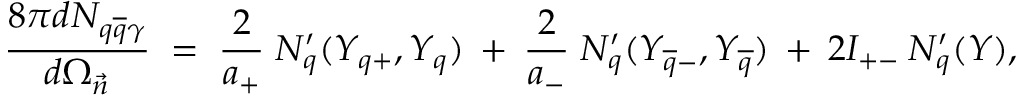
\frac { 8 \pi d N _ { q \overline { { { q } } } \gamma } } { d \Omega _ { \vec { n } } } \; = \; \frac { 2 } { a _ { + } } \; N _ { q } ^ { \prime } ( Y _ { q + } , Y _ { q } ) \: + \: \frac { 2 } { a _ { - } } \; N _ { q } ^ { \prime } ( Y _ { \overline { { { q } } } - } , Y _ { \overline { { { q } } } } ) \: + \: 2 I _ { + - } \: N _ { q } ^ { \prime } ( Y ) ,